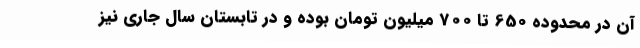
آن در محدوده 650 تا 700 میلیون تومان بوده و در تابستان سال جاری نیز